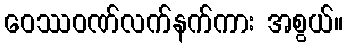
ဝေဿဝဏ်လက်နက်ကား အစွယ်။